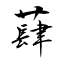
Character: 蕼